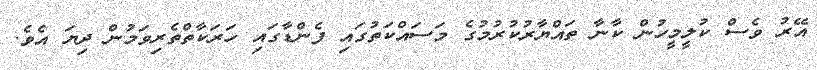
އޭރު ވެސް ކުލީމީހުން ކާނާ ތައްޔާރުކުރުމުގެ މަސައްކަތުގައި ފެންޑާގައި ހަރަކާތްތެރިވަމުން ދިޔަ އެވެ.